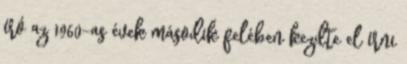
író az 1960-as évek második felében kezdte el írni